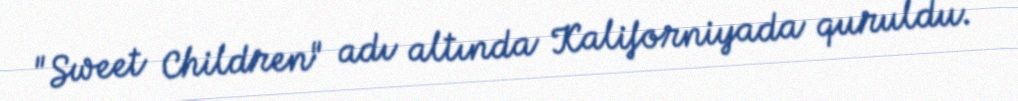
"Sweet Children" adı altında Kaliforniyada quruldu.